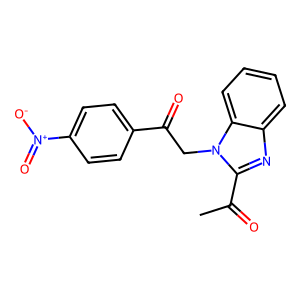
SMILES: CC(=O)c1nc2ccccc2n1CC(=O)c1ccc([N+](=O)[O-])cc1
Inhibits HIV replication: No